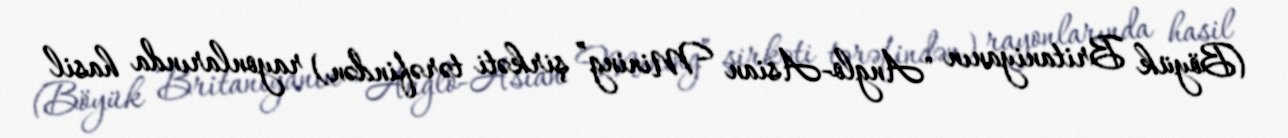
(Böyük Britaniyanın "Anglo-Asian Mining” şirkəti tərəfindən) rayonlarında hasil